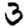
Digit: 3